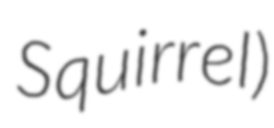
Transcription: Squirrel)